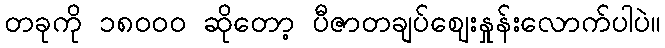
တခုကို ၁၈၀၀၀ ဆိုတော့ ပီဇာတချပ်ဈေးနှုန်းလောက်ပါပဲ။